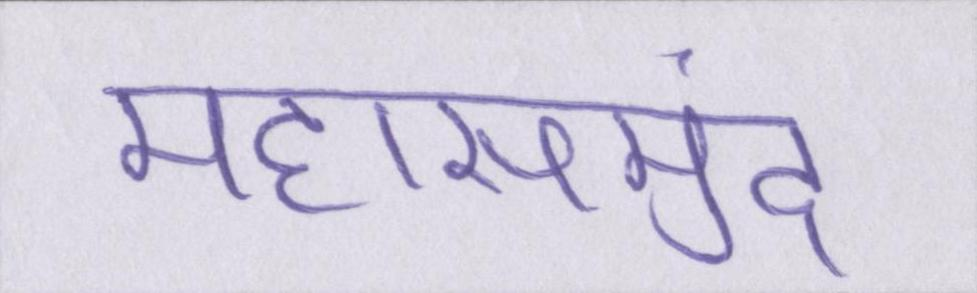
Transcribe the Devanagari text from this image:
महासमुंद